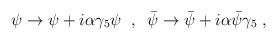
LaTeX: \begin{align*}\psi \to \psi + i \alpha \gamma_5 \psi \;\;,\;\; {\bar \psi} \to {\bar \psi} + i \alpha {\bar \psi} \gamma_5 \;,\end{align*}